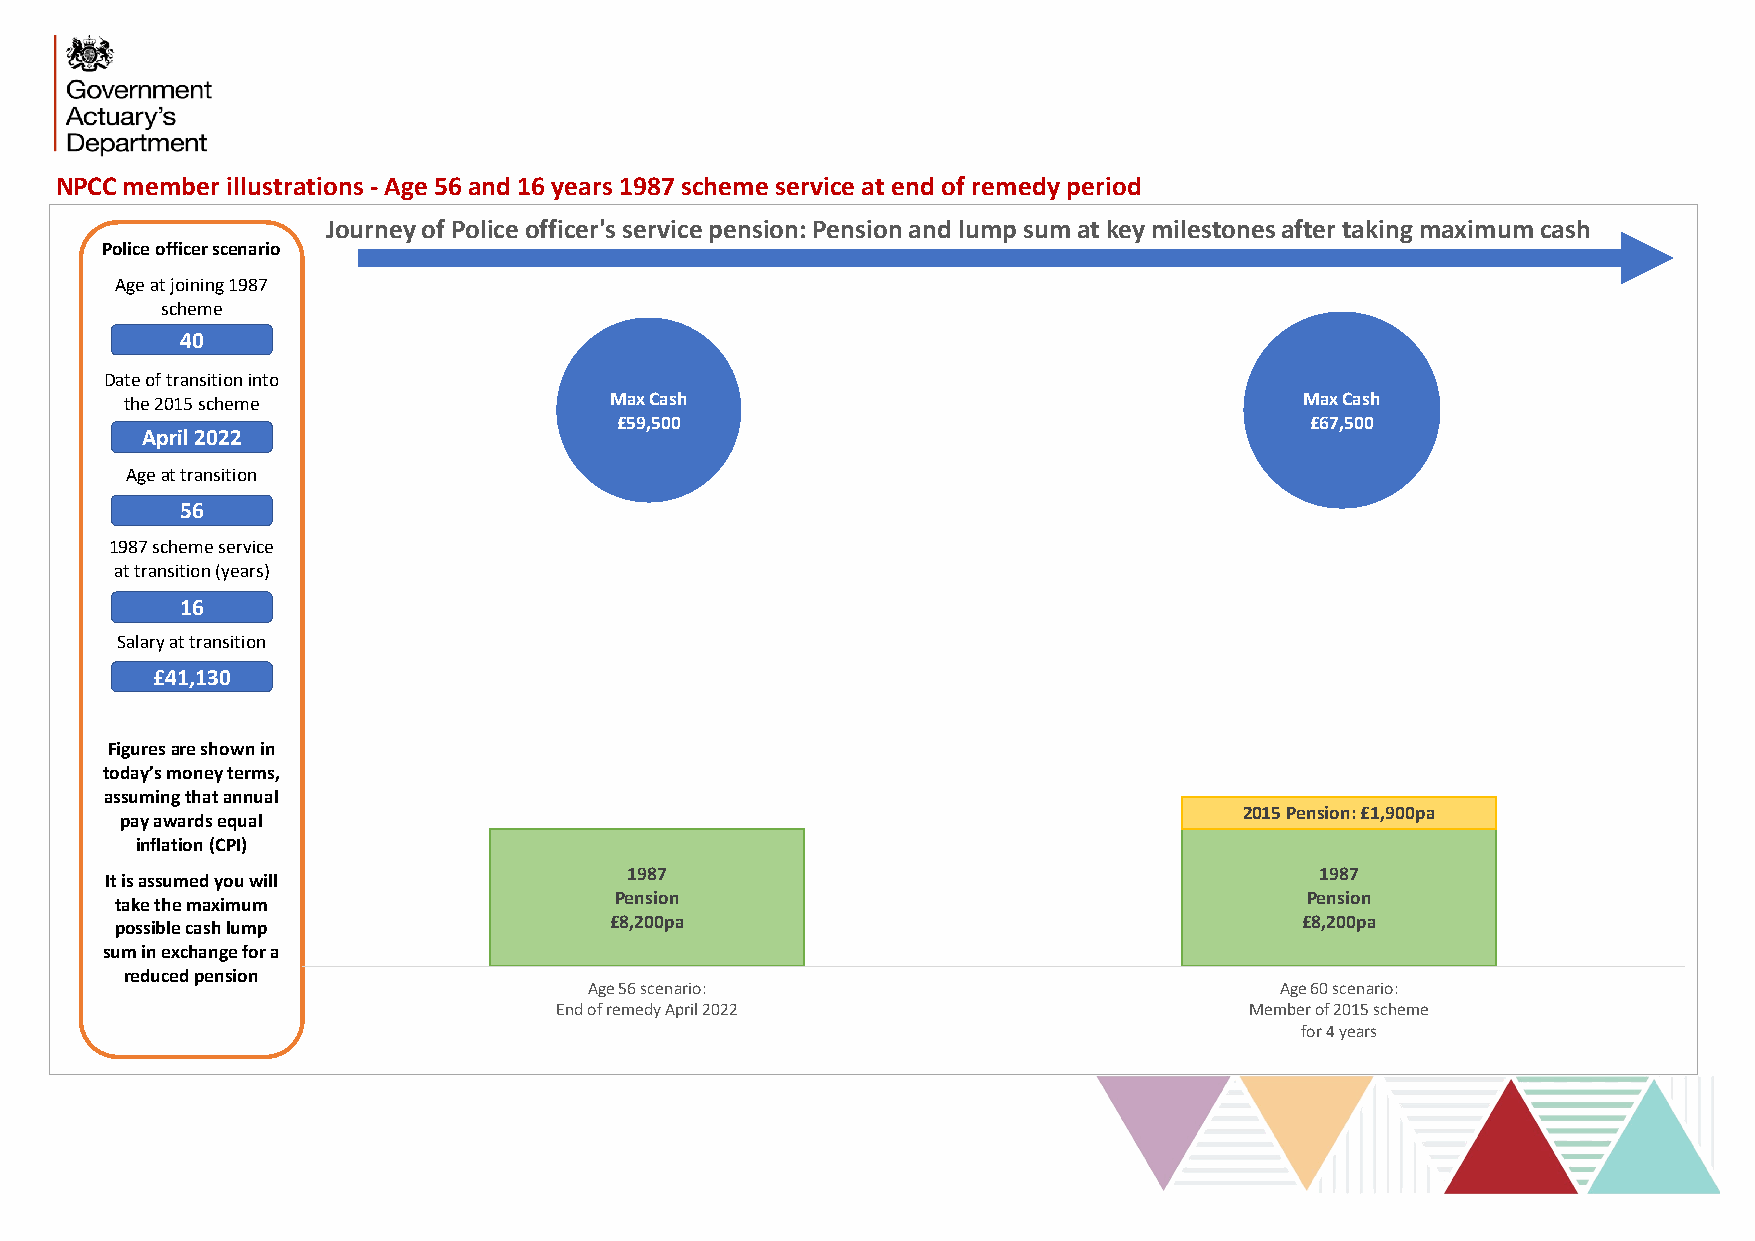
NPCC member illustrations - Age 56 and 16 years 1987 scheme service at end of remedy period
 Journey of Police officer's service pension: Pension and lump sum at key milestones after taking maximum cash
 Police officer scenario
 Age at joining 1987
 scheme
 40
 Date of transition into
 the 2015 scheme                 Max Cash                                      Max Cash
 £59,500                                       £67,500
 April 2022
 Age at transition
 56
 1987 scheme service
 at transition (years)
 16
 Salary at transition
 £41,130
 Figuresare shown in
 today’s money terms,
 assumingthat annual
 2015 Pension: £1,900pa
 pay awards equal
 inflation (CPI)
 1987                                         1987
 It isassumed you will
 Pension                                      Pension
 take the maximum
 £8,200pa                                      £8,200pa
 possible cash lump
 sum in exchange for a
 reduced pension
 Age 56 scenario:                              Age 60 scenario:
 End of remedy April 2022                      Member of 2015 scheme
 for 4 years